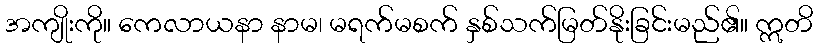
အကျိုးကို။ ကေလာယနာ နာမ၊ မရက်မစက် နှစ်သက်မြတ်နိုးခြင်းမည်၏။ ဣတိ